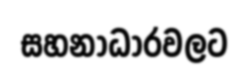
සහනාධාරවලට